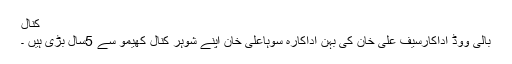
کنال
بالی ووڈ اداکارسیف علی خان کی بہن اداکارہ سوہاعلی خان اپنے شوہر کنال کھیمو سے 5سال بڑی ہیں ۔